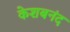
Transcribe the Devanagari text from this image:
केशबनंद